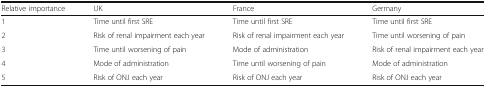
<table><thead><tr><td><b>Relative importance</b></td><td><b>UK</b></td><td><b>France</b></td><td><b>Germany</b></td></tr></thead><tbody><tr><td>1</td><td>Time until first SRE</td><td>Time until first SRE</td><td>Time until first SRE</td></tr><tr><td>2</td><td>Risk of renal impairment each year</td><td>Risk of renal impairment each year</td><td>Time until worsening of pain</td></tr><tr><td>3</td><td>Time until worsening of pain</td><td>Mode of administration</td><td>Risk of renal impairment each year</td></tr><tr><td>4</td><td>Mode of administration</td><td>Time until worsening of pain</td><td>Mode of administration</td></tr><tr><td>5</td><td>Risk of ONJ each year</td><td>Risk of ONJ each year</td><td>Risk of ONJ each year</td></tr></tbody></table>